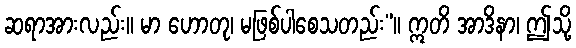
ဆရာအားလည်း။ မာ ဟောတု၊ မဖြစ်ပါစေသတည်း”။ ဣတိ အာဒိနာ၊ ဤသို့